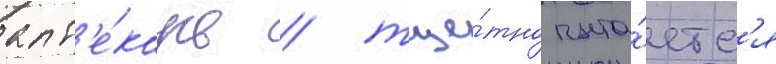
апт'е́карь / тще́тно пыта́етс'я